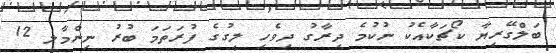
ބަލްގޭރިޔާ ކޯޗަކާއެކު ނުކުމެ ދިރާގު ދިވެހި ލީގުގެ ފުރަތަމަ ބުރު ނިންމާލީ 12